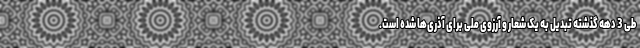
طی 3 دهه گذشته تبدیل به یک شعار و آرزوی ملی برای آذری‌ها شده است.